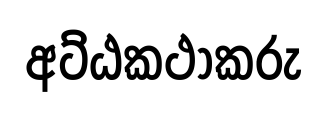
අට්ඨකථාකරු